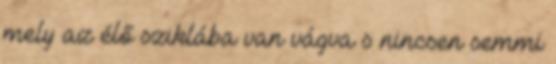
mely az élő sziklába van vágva s nincsen semmi